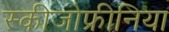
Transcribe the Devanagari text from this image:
स्‍कीजोफ्रीनिया